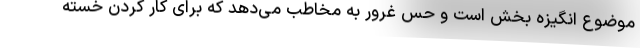
موضوع انگیزه بخش است و حس غرور به مخاطب می‌دهد که برای کار کردن خسته